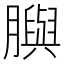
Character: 䑂